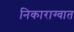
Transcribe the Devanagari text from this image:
निकाराग्वात